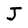
Character: J